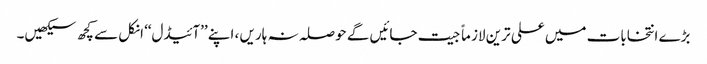
بڑے انتخابات میں علی ترین لازماً جیت جائیں گے حوصلہ نہ ہاریں ، اپنے ’’آئیڈل‘‘ انکل سے کچھ سیکھیں۔